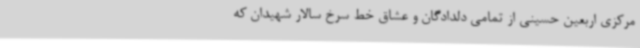
مرکزی اربعین حسینی از تمامی دلدادگان و عشاق خط سرخ سالار شهیدان که